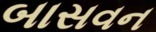
બાસવન